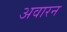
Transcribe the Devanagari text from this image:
अवारन